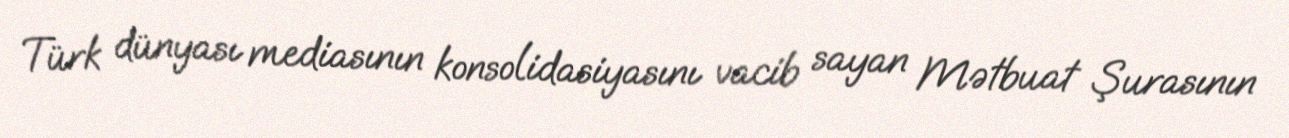
Türk dünyası mediasının konsolidasiyasını vacib sayan Mətbuat Şurasının